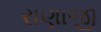
રાણાજી